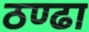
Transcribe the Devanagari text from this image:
ठण्ढा